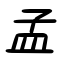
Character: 孟